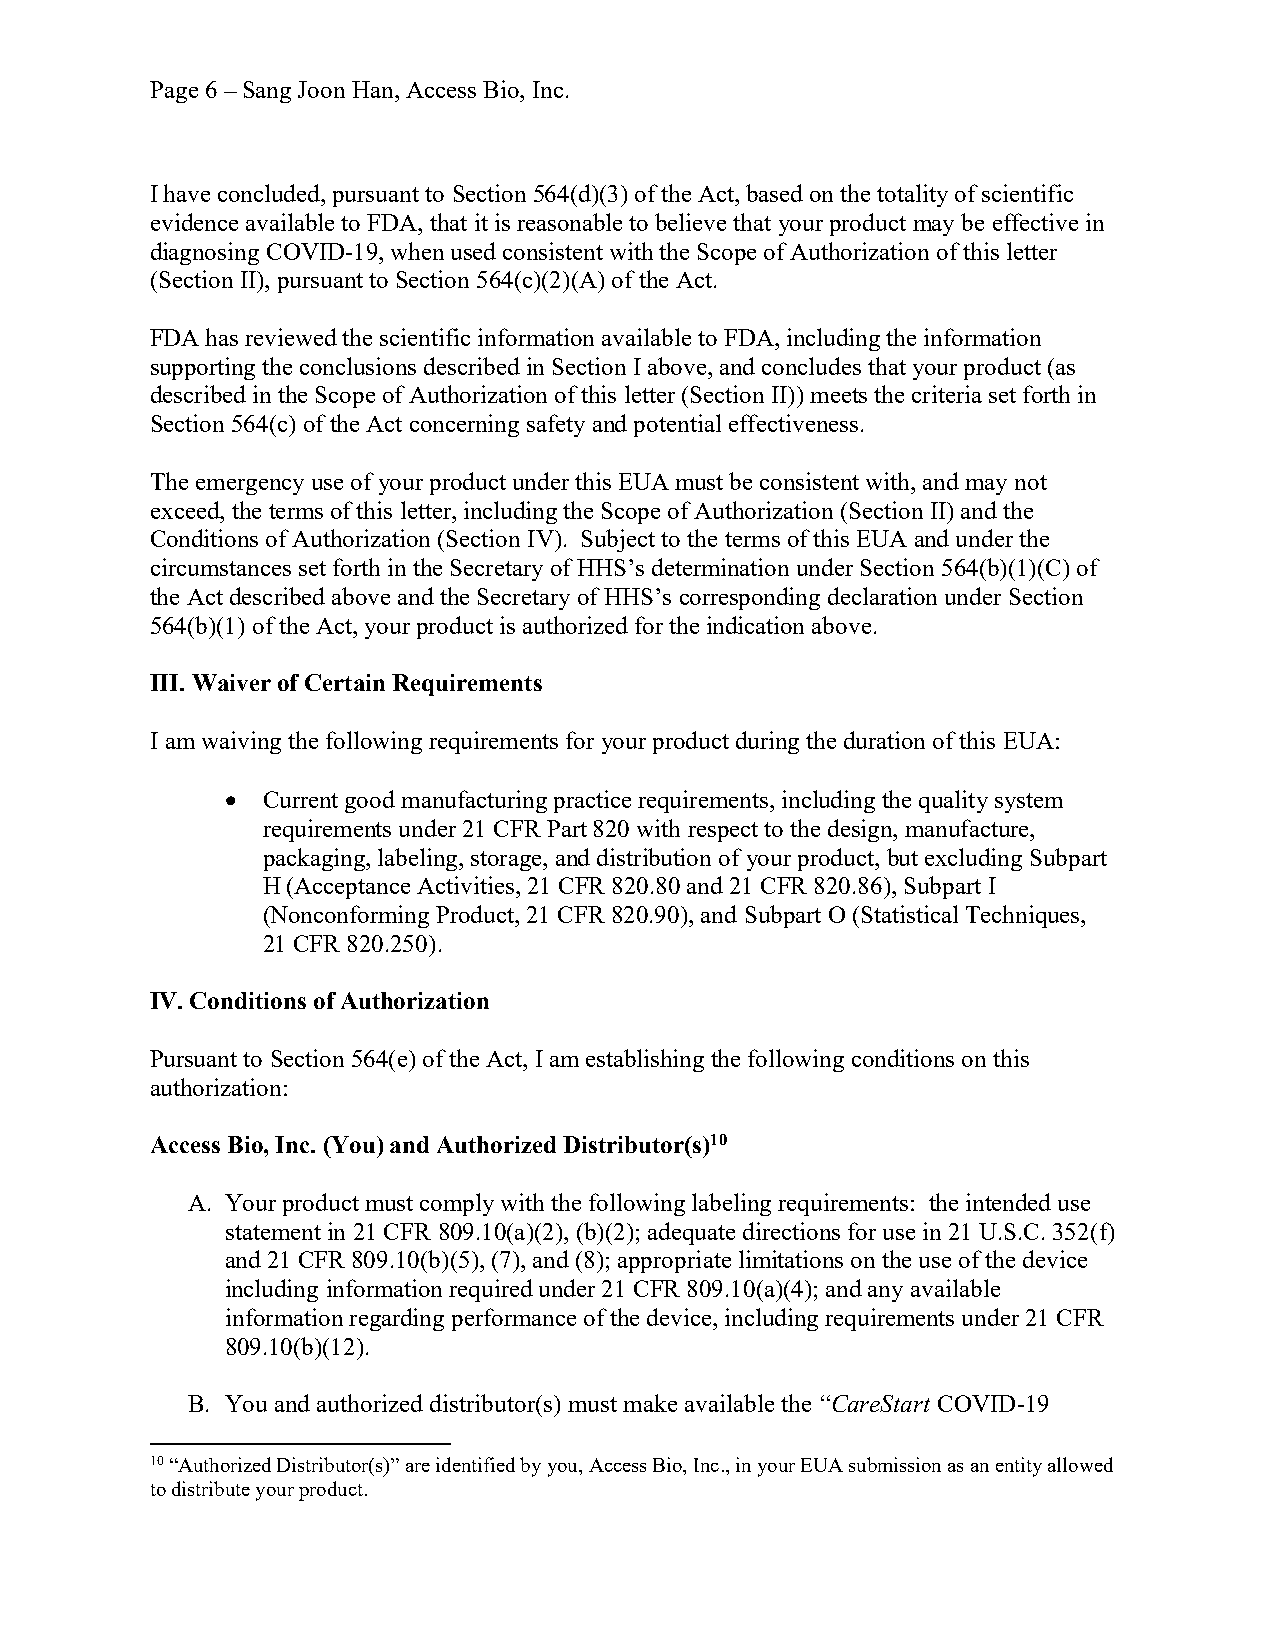
Page 6 – Sang Joon Han, Access Bio, Inc.
 I have concluded, pursuant to Section 564(d)(3) of the Act, based on the totality of scientific
 evidence available to FDA, that it is reasonable to believe that your product may be effective in
 diagnosing COVID-19, when used consistent with the Scope of Authorization of this letter
 (Section II), pursuant to Section 564(c)(2)(A) of the Act.
 FDA has reviewed the scientific information available to FDA, including the information
 supporting the conclusions described in Section I above, and concludes that your product (as
 described in the Scope of Authorization of this letter (Section II)) meets the criteria set forth in
 Section 564(c) of the Act concerning safety and potential effectiveness.
 The emergency use of your product under this EUA must be consistent with, and may not
 exceed, the terms of this letter, including the Scope of Authorization (Section II) and the
 Conditions of Authorization (Section IV). Subject to the terms of this EUA and under the
 circumstances set forth in the Secretary of HHS’s determination under Section 564(b)(1)(C) of
 the Act described above and the Secretary of HHS’s corresponding declaration under Section
 564(b)(1) of the Act, your product is authorized for the indication above.
 III. Waiver of Certain Requirements
 I am waiving the following requirements for your product during the duration of this EUA:
 · Current good manufacturing practice requirements, including the quality system
 requirements under 21 CFR Part 820 with respect to the design, manufacture,
 packaging, labeling, storage, and distribution of your product, but excluding Subpart
 H (Acceptance Activities, 21 CFR 820.80 and 21 CFR 820.86), Subpart I
 (Nonconforming Product, 21 CFR 820.90), and Subpart O (Statistical Techniques,
 21 CFR 820.250).
 IV. Conditions of Authorization
 Pursuant to Section 564(e) of the Act, I am establishing the following conditions on this
 authorization:
 Access Bio, Inc. (You) and Authorized Distributor(s)10
 A. Your product must comply with the following labeling requirements: the intended use
 statement in 21 CFR 809.10(a)(2), (b)(2); adequate directions for use in 21 U.S.C. 352(f)
 and 21 CFR 809.10(b)(5), (7), and (8); appropriate limitations on the use of the device
 including information required under 21 CFR 809.10(a)(4); and any available
 information regarding performance of the device, including requirements under 21 CFR
 809.10(b)(12).
 B. You and authorized distributor(s) must make available the “CareStart COVID-19
 10 “Authorized Distributor(s)” are identified by you, Access Bio, Inc., in your EUA submission as an entity allowed
 to distribute your product.